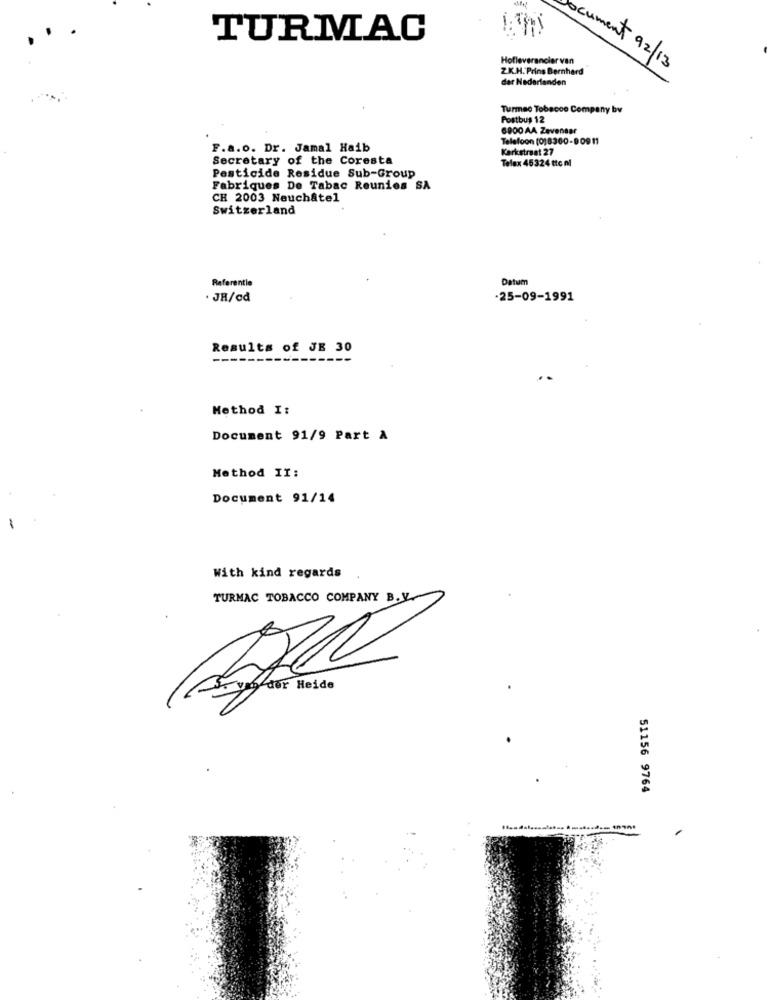
TURMAC
Hofleverancier van
Z.K.H. Prins Bernhard
ocument 92/13
der Nederlanden
Turmac Tobacco Company bv
Postbus 12
6900 AA Zevenaar
Telefoon (0)8360-80911
F.a.o. Dr. Jamal Haib
Kerkstraat 27
Secretary of the Coresta
Telex 45324 ttc nl
Pesticide Residue Sub-Group
Fabriques De Tabac Reunies SA
CH 2003 Neuchâtel
Switzerland
Referentie
Datum
. JH/cd
·25-09-1991
Results of JE 30
Method I:
Document 91/9 Part A
Method II:
Document 91/14
With kind regards
TURMAC TOBACCO COMPANY B.Y
der Heide
51156 9764